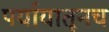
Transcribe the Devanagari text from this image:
पर्यायातूनच